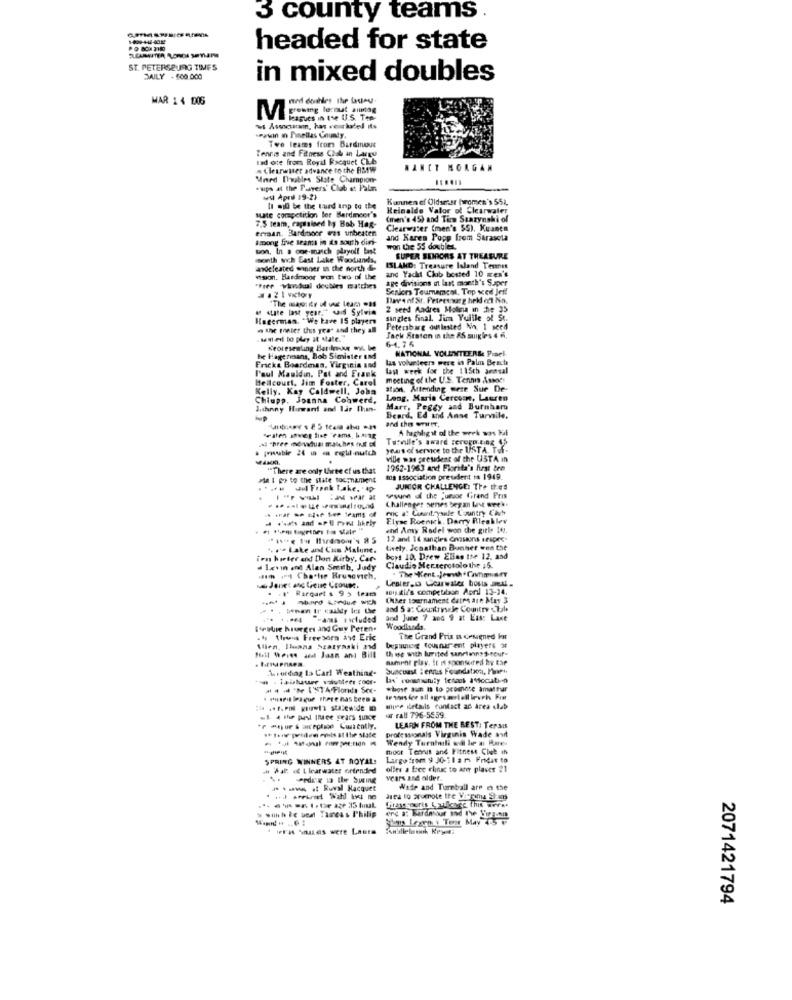
3 county teams .
headed for state
ST. PETERSBURG TIMES
DAILY - 600.000
in mixed doubles
MAR 14 006
med doubles The lasteu.
growing le:nut sunag
M
ws Assicuraan, has reurkaded is
Powin in Pinellas County.
Tennis and Fitness Club in Large
Tve leates from Bardmnouc
ad ote from Royal Racquet Club
. Clearwater advance to the BMW
NANCY MORGAN
Mned Doubles State Champion
"aips at the Favers' Club a: Palm
w April 19-2+
Kunnen ef Oldsmar (women's 55),
11 will be the third Inp to the
Keinalde Valor of Clearwater
suate corapetition lor Berdmcer's
7.5 team, rapisised by Bob Hag-
(men's 45) and Tirs Szazynski of
erraan, Bardboor was unbeaten
Clearwater (men's $S), Kuanen
among Eve trans in is south din-
and Karen Popp from Sarasota
ton, In a one-match playoll last
won Cie 55 doubles.
month wi.h East Lake Woodlands,
SUPER SUIDORIS AT TREASURE
andeleated minner in the north &
and Yacht Club bosted 10 men's
ISLAND: Treasure Island Tennis
mson. Hardmoor wen two of the
ape divisions at last month's Super
"Free vidual deubirs watches
Seniors Teumamcal, Top ved Jeff
# 1 2 I victor
Bwveof St. Peterswarg hek od No.
a site last year," said Sylvin
2 seed Andres Molsu in the 35
Hagerman. "We have 15 players
singles final. Jim Yuille ol St.
" the theter this year and they all
Petersburg oulasted Ni. 1 seed
want eil bo play at state.
Jack Staten in the 85 suigles 4 6.
Keoreseating Barile wy. be
64.75
NATIONAL VOLUNTEER& Piael
he Hagermans, Bob Simister IMd
las volunteers were in Palm Beach
Fricke Boardman. Virginia and
l'eul Mauldin, Pat and Frank
last week for the 115th annual
Heilcourt, Jim Foster, Carol
meeting of the U.S. Tennis Associ
Kelly. Kay Caldwell. John
ation. Attending were Sur De-
Chiupp. Joanna Conwerd.
Long, Marie Cercoan, Lauren
Johnny Howard and lar Plan-
Marr, Peggy and Burnbara
Beard. Ed and Anse Turnile.
A highlight of the week was Hat
psuble 24 un - raghil-nuich
years of service to the USTA Tof.
ville was president of the USTA in
"There are only three cf us that
1952-1963 and Florida's first bre
Ma I po to the state tocmament
ma association president to 1949.
Frank Take. 49
JUNIOR CHALLENGE: The tes
------
Challenges senes began Last week.
sunn of the jueuoc Grand Pris
------
mic a: Cuwith aule Country Kih
Flyse Roenich, Darry Rleaklev
and Amy Rodel won the girls 14.
12 and 14 sangles Cmsans seapec.
.. . Lake and Cum Malune.
tively. Jonathan Bonnet won the
ion hooter and Don Kirby, Car-
boys 10. Drew Ellas the 12, and
1xwin and Alan Smith, Judy
Claudio Merterotolothe :5.
.14 + Charlie Krusovich.
Lealer,13 Licarwater bouts Jett .
Janet anc Leise Ccoune.
aBigair's compeubon April 13-14.
----
Chher tournament dates are Mas 3
and 5 a: Countrysele Country .Tale
and June 7 and 9 at Las: Laxe
[estre hourges and Guy Peren.
Woodlands.
. hy thrius Freesorm avt Eric
The Grand Prix n cesigned ku
Allen. Ilana Szaryaski and
bepuuning tousnar ent players 3
th ise with lurited sanrisnes-tour-
Huril Whores and Jaan ans Bill
sament play. it is sponsored by the
.cording ta Carl Weathing-
Suncoast :ers Foundation, Punch
whose aun is to promote amateur
** *** * ***** statewide
apre ildetails contact an area club
war rall 796-5559.
** foie weiden Pois at the slate
professionals Virginis Wade avt
LEARN FROM THE BEST: Terais
-------
Wendy Turniili will le a Rare-
moor Tenis and Fitness Club in
SPRING WINNERS AT ROYAL!
Largo from 9 30-11 a m Fridat to
w hal: « Lleatwater ortended
olles a free chirac to any plaver 21
. .
Pede 13 Ihr SIEing
vears and older.
--- - Ruwal Racquet
Wade and Turnball are e the
> with te uen Tareas Philip
Sms Legen . Teor May 4-5
* ** * Las were Lauto
2071421794